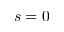
s = 0